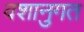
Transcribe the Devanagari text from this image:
वशानुगत